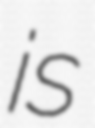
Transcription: is